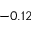
- 0 . 1 2